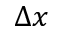
\Delta x